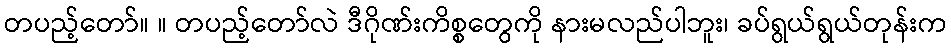
တပည့်တော်။ ။ တပည့်တော်လဲ ဒီဂိုဏ်းကိစ္စတွေကို နားမလည်ပါဘူး၊ ခပ်ရွယ်ရွယ်တုန်းက